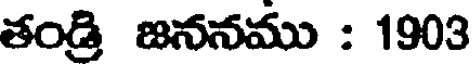
తండ్రి జననము : 1903